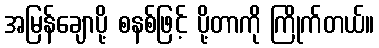
အမြန်ချောပို့ စနစ်ဖြင့် ပို့တာကို ကြိုက်တယ်။